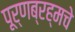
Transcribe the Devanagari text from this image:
पूर्णब्रह्मचे